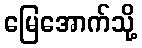
မြေအောက်သို့